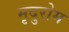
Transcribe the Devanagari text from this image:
मृदुरोम